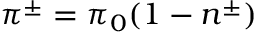
\pi ^ { \pm } = \pi _ { 0 } ( 1 - n ^ { \pm } )